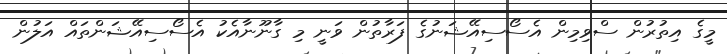
މީގެ އިތުރުން ސްވިމިން އެސޯސިއޭޝަނުގެ ފަރާތުން ވަނީ މި ގާނޫނާއެކު އެސޯސިއޭޝަންތައް އަލުން